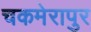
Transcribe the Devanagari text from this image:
चकमेरापुर